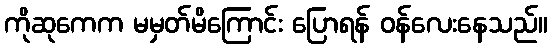
ကိုဆုကေက မမှတ်မိကြောင်း ပြောရန် ဝန်လေးနေသည်။